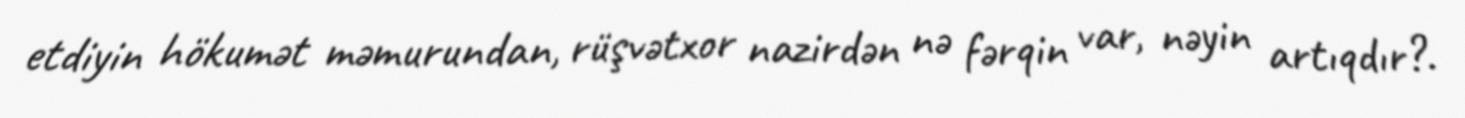
etdiyin hökumət məmurundan, rüşvətxor nazirdən nə fərqin var, nəyin artıqdır?.